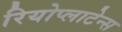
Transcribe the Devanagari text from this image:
रियोप्लाटेन्स